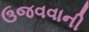
ઉજવવાની